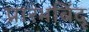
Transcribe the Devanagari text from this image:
प्रारंभबिंदू